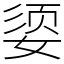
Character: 媭